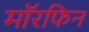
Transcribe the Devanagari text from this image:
मॉरफिन